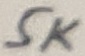
Text: 5K